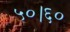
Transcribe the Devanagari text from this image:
५०।६०